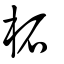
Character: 䂞